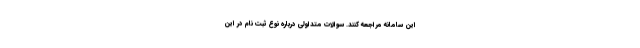
این سامانه مراجعه کنند. سوالات متداولی درباره نوع ثبت نام در این